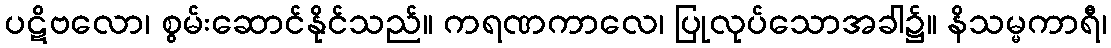
ပဋိဗလော၊ စွမ်းဆောင်နိုင်သည်။ ကရဏကာလေ၊ ပြုလုပ်သောအခါ၌။ နိသမ္မကာရီ၊